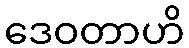
ဒေဝတာဟိ